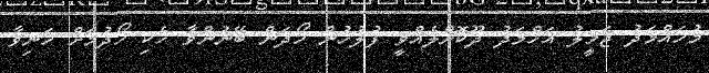
މުހައްމަދު ޖަމީލު އަހްމަދު ދޫކޮށްލެއްވީ ފުލުހުން ހޯދަން ބޭނުންވާ ހެކި ހޯދުމަށް ހަނިވާ